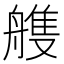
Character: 䑾